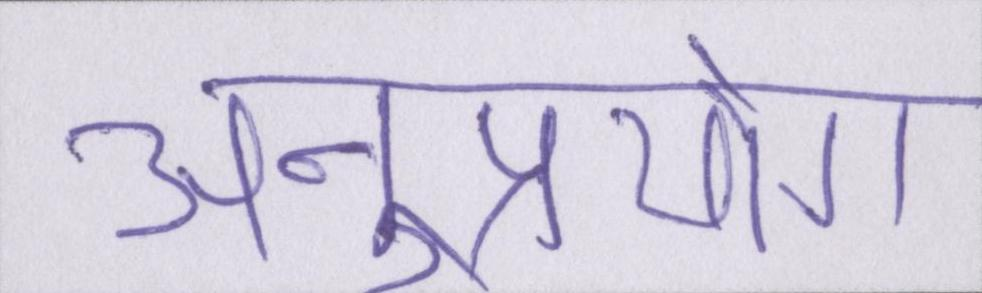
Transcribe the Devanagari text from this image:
अनुप्रयोग